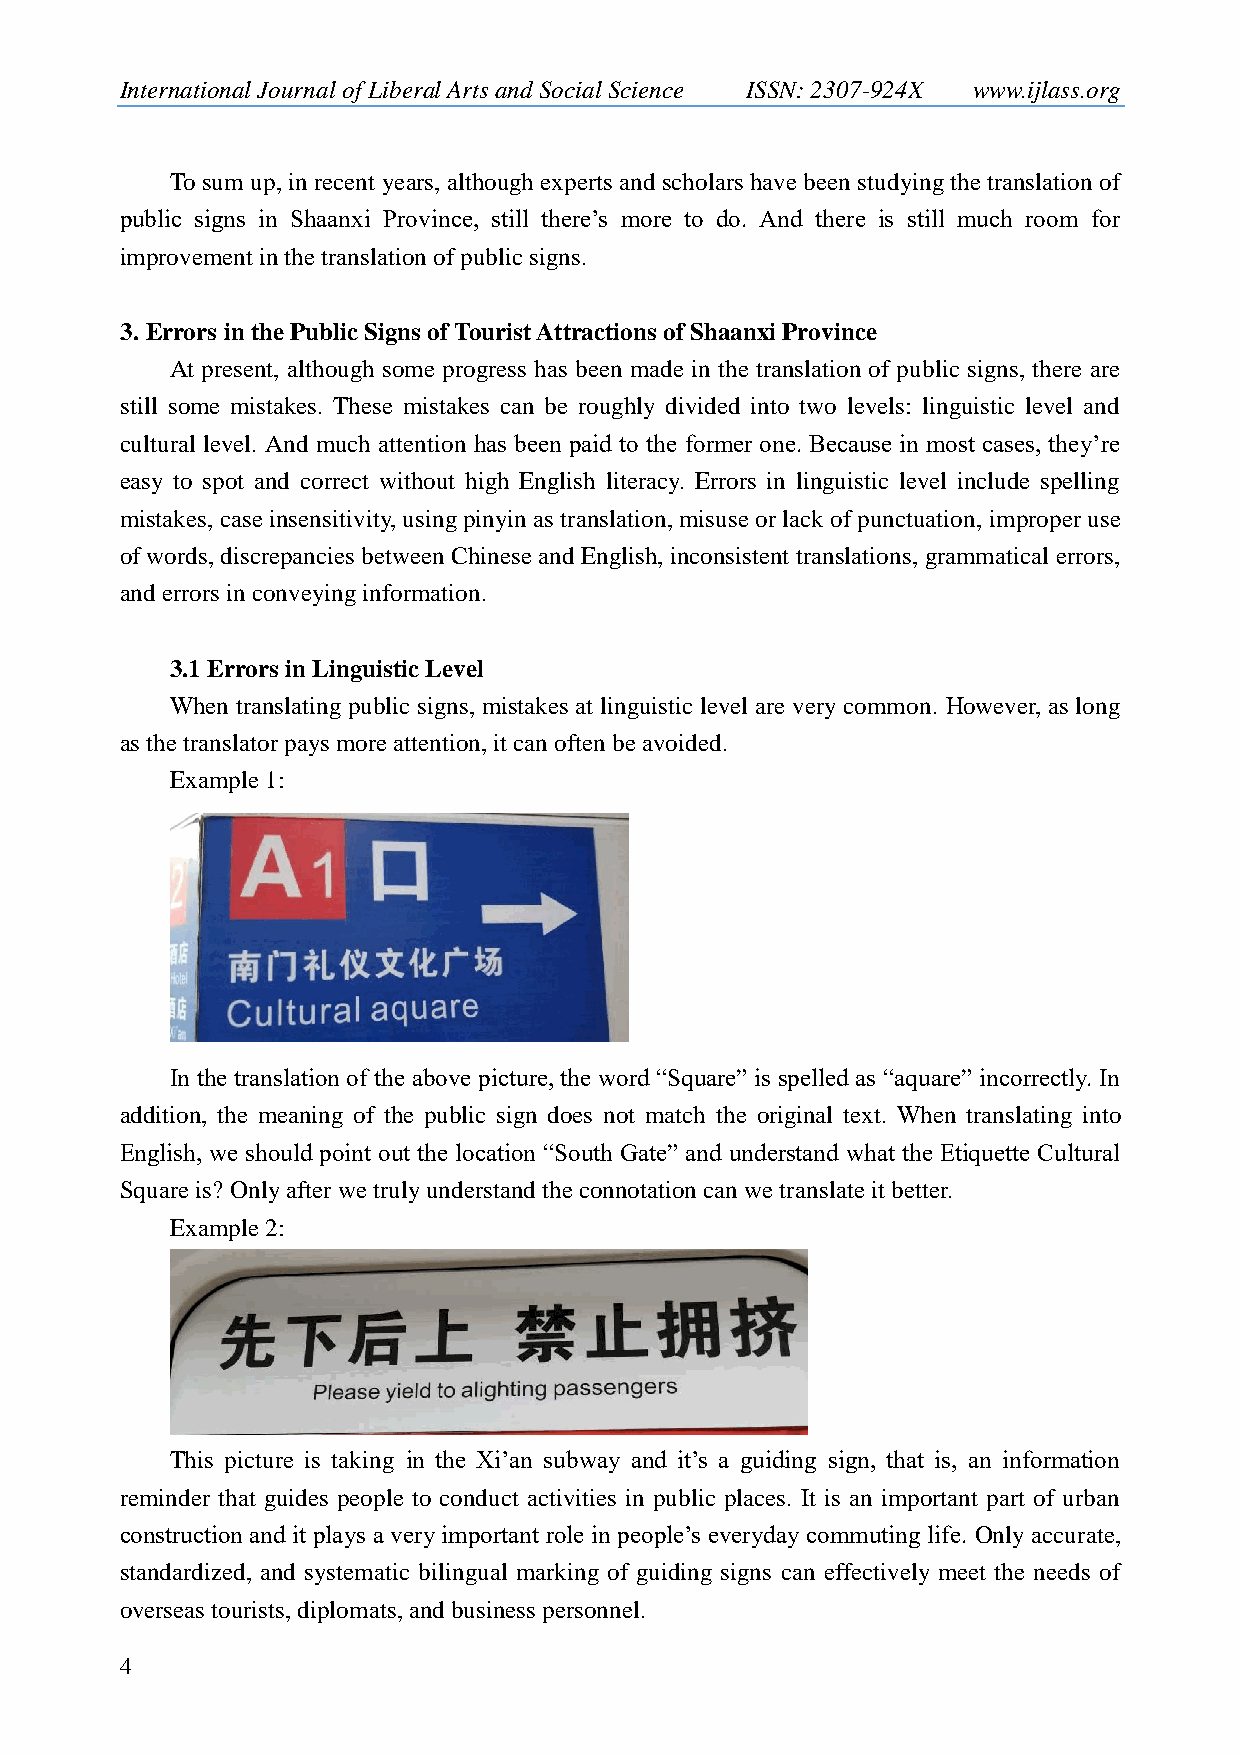
International Journal of Liberal Arts and Social Science ISSN: 2307-924X www.ijlass.org
 To sum up, in recent years, although experts and scholars have been studying the translation of
 public signs in Shaanxi Province, still there‟s more to do. And there is still much room for
 improvement in the translation of public signs.
 3. Errors in the Public Signs of Tourist Attractions of Shaanxi Province
 At present, although some progress has been made in the translation of public signs, there are
 still some mistakes. These mistakes can be roughly divided into two levels: linguistic level and
 cultural level. And much attention has been paid to the former one. Because in most cases, they‟re
 easy to spot and correct without high English literacy. Errors in linguistic level include spelling
 mistakes, case insensitivity, using pinyin as translation, misuse or lack of punctuation, improper use
 of words, discrepancies between Chinese and English, inconsistent translations, grammatical errors,
 and errors in conveying information.
 3.1 Errors in Linguistic Level
 When translating public signs, mistakes at linguistic level are very common. However, as long
 as the translator pays more attention, it can often be avoided.
 Example 1:
 In the translation of the above picture, the word “Square” is spelled as “aquare” incorrectly. In
 addition, the meaning of the public sign does not match the original text. When translating into
 English, we should point out the location “South Gate” and understand what the Etiquette Cultural
 Square is? Only after we truly understand the connotation can we translate it better.
 Example 2:
 This picture is taking in the Xi‟an subway and it‟s a guiding sign, that is, an information
 reminder that guides people to conduct activities in public places. It is an important part of urban
 construction and it plays a very important role in people‟s everyday commuting life. Only accurate,
 standardized, and systematic bilingual marking of guiding signs can effectively meet the needs of
 overseas tourists, diplomats, and business personnel.
 4